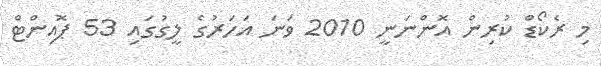
މި ރެކޯޑް ކުރިން އޮންނަނީ 2010 ވަނަ އަހަރުގެ ލީގުގައި 53 ޕޮއިންޓް